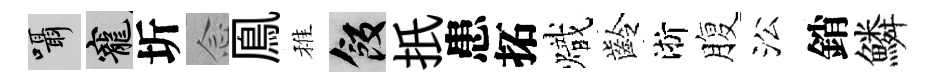
囁寵圻𫝹鳯稚飯扺患拓熾齡淅腹㳂銷鱗